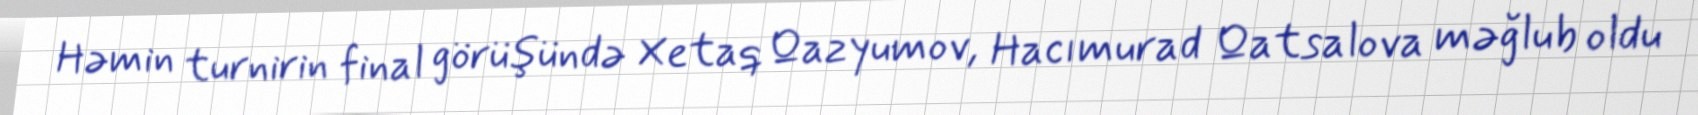
Həmin turnirin final görüşündə Xetaq Qazyumov, Hacımurad Qatsalova məğlub oldu